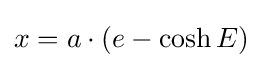
x=a\cdot (e-\cosh E)